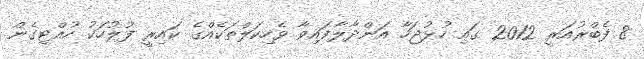
8 ފެބްރުއަރީ 2012 ގައި ހުޅުޖަހާ އަންދާލާފައިވާ ވެހިކަލްތަކެއްގެ ކައިރީ ފުލުހަކު ހުއްޓިގެން